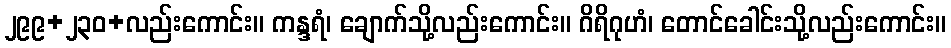
၂၉၉+၂၃၀+လည်းကောင်း။ ကန္ဒရံ၊ ချောက်သို့လည်းကောင်း။ ဂိရိဂုဟံ၊ တောင်ခေါင်းသို့လည်းကောင်း။